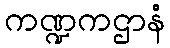
ကဏ္ဍကဌာနံ